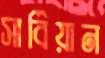
সার্বিয়ান